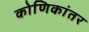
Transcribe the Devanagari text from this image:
कोणिकांतर